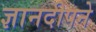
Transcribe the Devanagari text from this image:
ज्ञानदीपने